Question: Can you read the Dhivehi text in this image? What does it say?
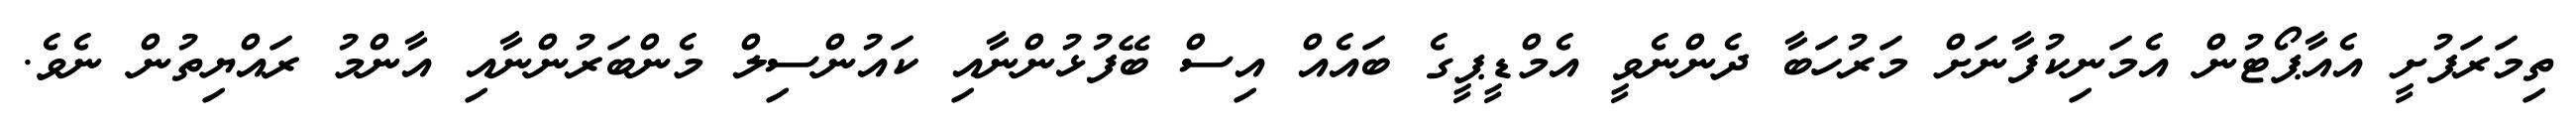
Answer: ތިމަރަފުށީ އެއާޕޯޓުން އެމަނިކުފާނަށް މަރުހަބާ ދެންނެވީ އެމްޑީޕީގެ ބައެއް އިސް ބޭފުޅުންނާއި ކައުންސިލް މެންބަރުންނާއި އާންމު ރައްޔިތުން ނެވެ.